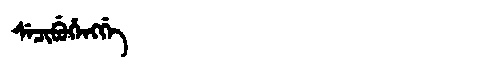
Manchu: ᠰᡝᠴᡳᠪᡠᡥᡝᠩᡤᡝ
Romanization: SECIBUHENGGE